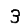
Digit: 3